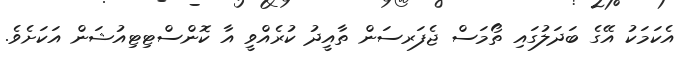
އެކަމަކު އޭގެ ބަދަލުގައި ތޯމަސް ޖެފަރސަން ތާއީދު ކުރެއްވީ އާ ކޮންސްޓިޓިއުޝަން އަކަށެވެ.